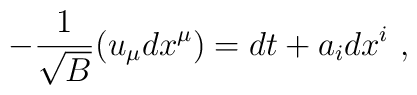
-{1 \over \sqrt{B}}(u_\mu dx^\mu)=dt+a_idx^i~,